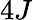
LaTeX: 4J